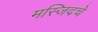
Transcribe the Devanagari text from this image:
मस्जिदचे